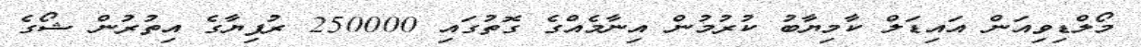
މޯލްޑިވިއަން އައިޑަލް ކާމިޔާބު ކުރުމުން އިނާމެއްގެ ގޮތުގައި 250000 ރުފިޔާގެ އިތުރުން ޝޯގެ